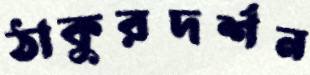
ঠাকুরদর্শন